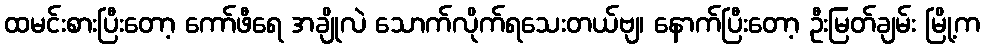
ထမင်းစားပြီးတော့ ကော်ဖီရေ အချိုလဲ သောက်လိုက်ရသေးတယ်ဗျ၊ နောက်ပြီးတော့ ဦးမြတ်ချမ်း မြို့က